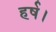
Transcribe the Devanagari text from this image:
हर्ष।